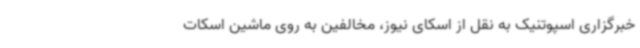
خبرگزاری اسپوتنیک به نقل از اسکای نیوز، مخالفین به روی ماشین اسکات